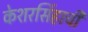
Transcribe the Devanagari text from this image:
केशरसिंहाची